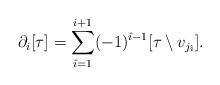
LaTeX: \begin{align*}\partial_{i}[\tau]=\sum_{\hat{\imath}=1}^{i+1}(-1)^{\hat{\imath}-1}[\tau\setminus v_{j_{\hat{\imath}}}].\end{align*}